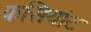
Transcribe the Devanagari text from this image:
फ्रसियांट